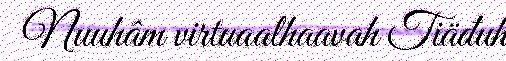
Nuuhâm virtuaalhaavah Tiäđuh